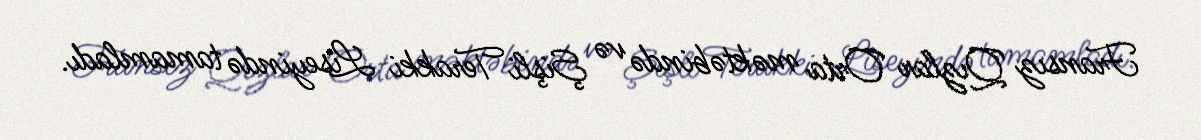
Fransız Qızlar Orta məktəbində və Şişli Terakki Liseyində tamamladı.